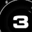
Digit: 3